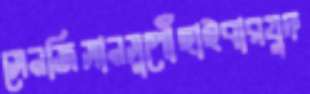
সেনজিসানসুপৌঁছাইবারযুদ